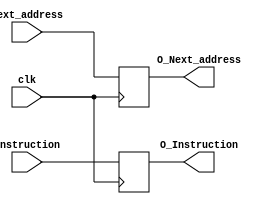
//BUFFER 1: IF/ID
module IFID(
input clk,
input [31:0]Next_address,
input [31:0]Instruction,
output reg [31:0]O_Next_address,
output reg [31:0]O_Instruction);

always @(posedge clk)
begin
	O_Next_address = Next_address;
        O_Instruction = Instruction;
end

endmodule